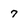
Character: 7